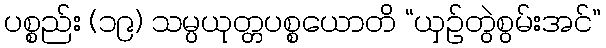
ပစ္စည်း (၁၉) သမ္ပယုတ္တပစ္စယောတိ “ယှဉ်တွဲစွမ်းအင်”